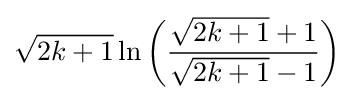
{\sqrt {2k+1}}\ln \left({\frac {{\sqrt {2k+1}}+1}{{\sqrt {2k+1}}-1}}\right)